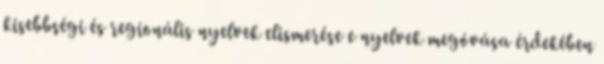
kisebbségi és regionális nyelvek elismerése e nyelvek megóvása érdekében